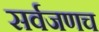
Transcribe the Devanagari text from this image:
सर्वजणच